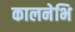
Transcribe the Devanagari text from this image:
कालनेभि